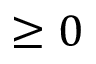
\ge 0